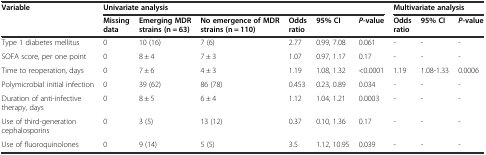
| <ROWSPAN=2> Variable | <COLSPAN=6> Univariate analysis | <COLSPAN=3> Multivariate analysis |
 | Missing data | Emerging MDR strains (n = 63) | No emergence of MDR strains (n = 110) | Odds ratio | 95% CI | P-value | Odds ratio | 95% CI | P-value |
 | --- | --- | --- | --- | --- | --- | --- | --- | --- | --- |
 | Type 1 diabetes mellitus | 0 | 10 (16) | 7 (6) | 2.77 | 0.99, 7.08 | 0.061 | - | - | - |
 | SOFA score, per one point | 0 | 8 ± 4 | 7 ± 3 | 1.07 | 0.97, 1.17 | 0.17 | - | - | - |
 | Time to reoperation, days | 0 | 7 ± 6 | 4 ± 3 | 1.19 | 1.08, 1.32 | <0.0001 | 1.19 | 1.08-1.33 | 0.0006 |
 | Polymicrobial initial infection | 0 | 39 (62) | 86 (78) | 0.453 | 0.23, 0.89 | 0.034 | - | - | - |
 | Duration of anti-infective therapy, days | 0 | 8 ± 5 | 6 ± 4 | 1.12 | 1.04, 1.21 | 0.0003 | - | - | - |
 | Use of third-generation cephalosporins | 0 | 3 (5) | 13 (12) | 0.37 | 0.10, 1.36 | 0.17 | - | - | - |
 | Use of fluoroquinolones | 0 | 9 (14) | 5 (5) | 3.5 | 1.12, 10.95 | 0.039 | - | - | - |